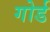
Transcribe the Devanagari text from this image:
गोर्ड